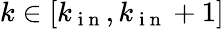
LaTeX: k\in[k_{\mathrm{~i~n~}},k_{\mathrm{~i~n~}}+1]